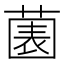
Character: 𱾔